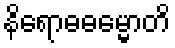
နိရောဓဓမ္မောတိ